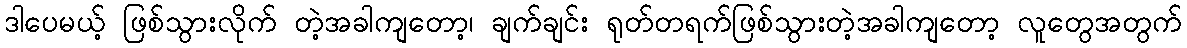
ဒါပေမယ့် ဖြစ်သွားလိုက် တဲ့အခါကျတော့၊ ချက်ချင်း ရုတ်တရက်ဖြစ်သွားတဲ့အခါကျတော့ လူတွေအတွက်